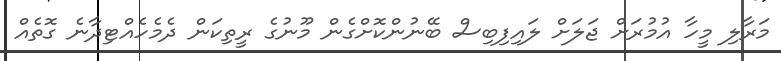
މަރާލި މީހާ އުމުރަށް ޖަލަށް ލައިފިބިސް ބޭނުންކޮށްގެން މޫނުގެ ރީތިކަން ދެމެހެއްޓިދާނެ ގޮތެއް